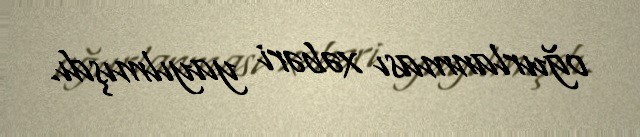
oğurlanması xəbəri yayılmışdı.